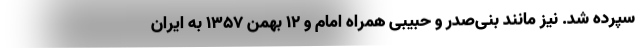
سپرده شد. نیز مانند بنی‌صدر و حبیبی همراه امام و 12 بهمن 1357 به ایران